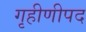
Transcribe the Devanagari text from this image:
गृहीणीपद